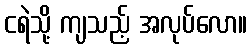
ငရဲသို့ ကျသည့် အလုပ်လော။